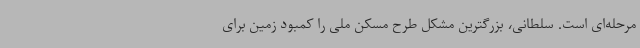
مرحله‌ای است. سلطانی، بزرگترین مشکل طرح مسکن ملی را کمبود زمین برای